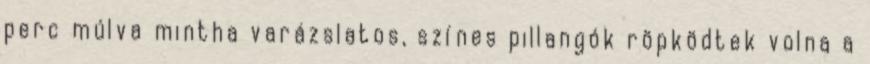
perc múlva mintha varázslatos, színes pillangók röpködtek volna a